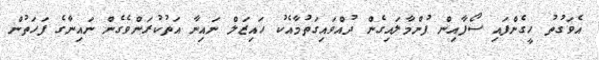
އެވަގުތު ހީގެންފައި ސޯފާއިން ފުންމާލައިގެން ދުއްވައިގަތުމާއެކު ހައިޒަލް ނައިނާ އަތުކުރަންވެގެން ނައިނާގެ ފަހަތުން